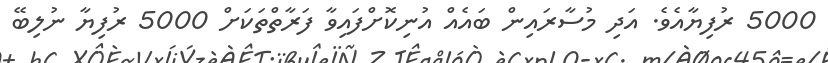
5000 ރުފިޔާއެވެ. އަދި މުސާރައިން ބައެއް އުނިކޮށްފައިވާ ފަރާތްތަކަށް 5000 ރުފިޔާ ނުލިބޭ